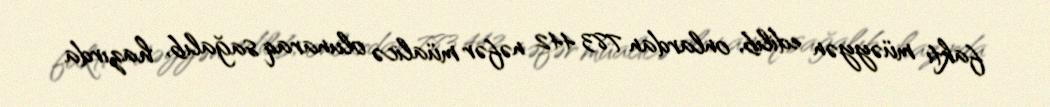
faktı müəyyən edilib, onlardan 783 442 nəfər müalicə olunaraq sağalıb, hazırda